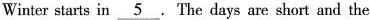
Winter starts in \underline{5} The days are short and the